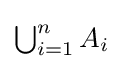
{\textstyle \bigcup _{i=1}^{n}A_{i}}